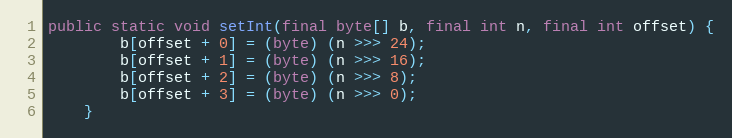
Language: Java
public static void setInt(final byte[] b, final int n, final int offset) {
        b[offset + 0] = (byte) (n >>> 24);
        b[offset + 1] = (byte) (n >>> 16);
        b[offset + 2] = (byte) (n >>> 8);
        b[offset + 3] = (byte) (n >>> 0);
    }